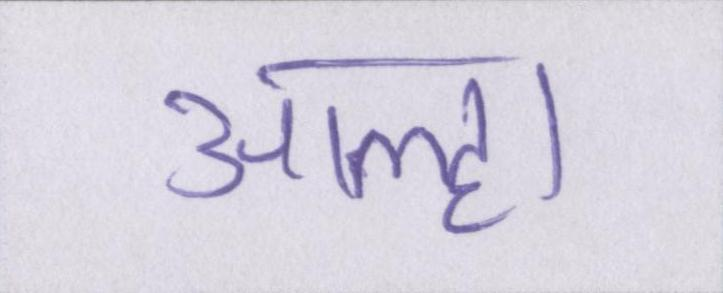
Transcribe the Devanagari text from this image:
आल्हा